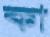
কা